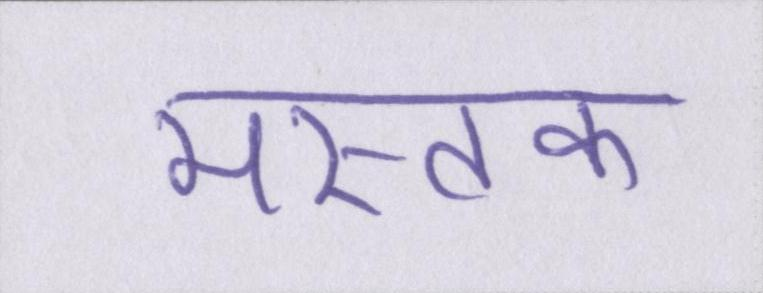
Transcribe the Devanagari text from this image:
मस्तक